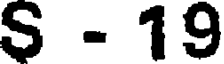
S - 19